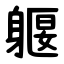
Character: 躽